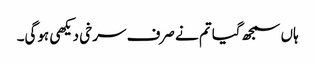
ہاں سمجھ گیا تم نے صرف سرخی دیکھی ہوگی۔